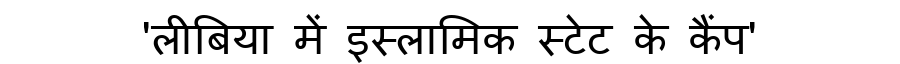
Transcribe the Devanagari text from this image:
'लीबिया में इस्लामिक स्टेट के कैंप'